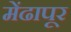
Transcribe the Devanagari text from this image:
मेंढापूर